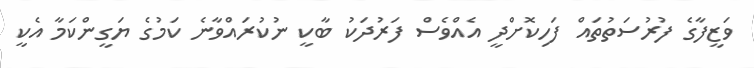
ވަޒީފާގެ ފުރުސަތުތައް ފަހިކޮށްދީ އެއްވެސް ފަރުދަކު ބާކީ ނުކުރައްވާނެ ކަމުގެ ޔަގީންކަމާ އެކީ